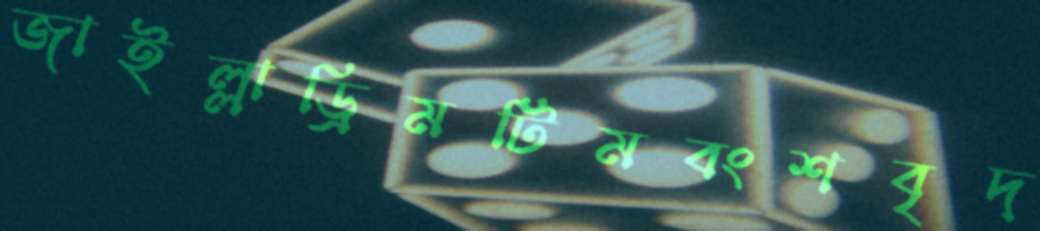
জাইল্লাড্রিমটিমবংশবৃদ্